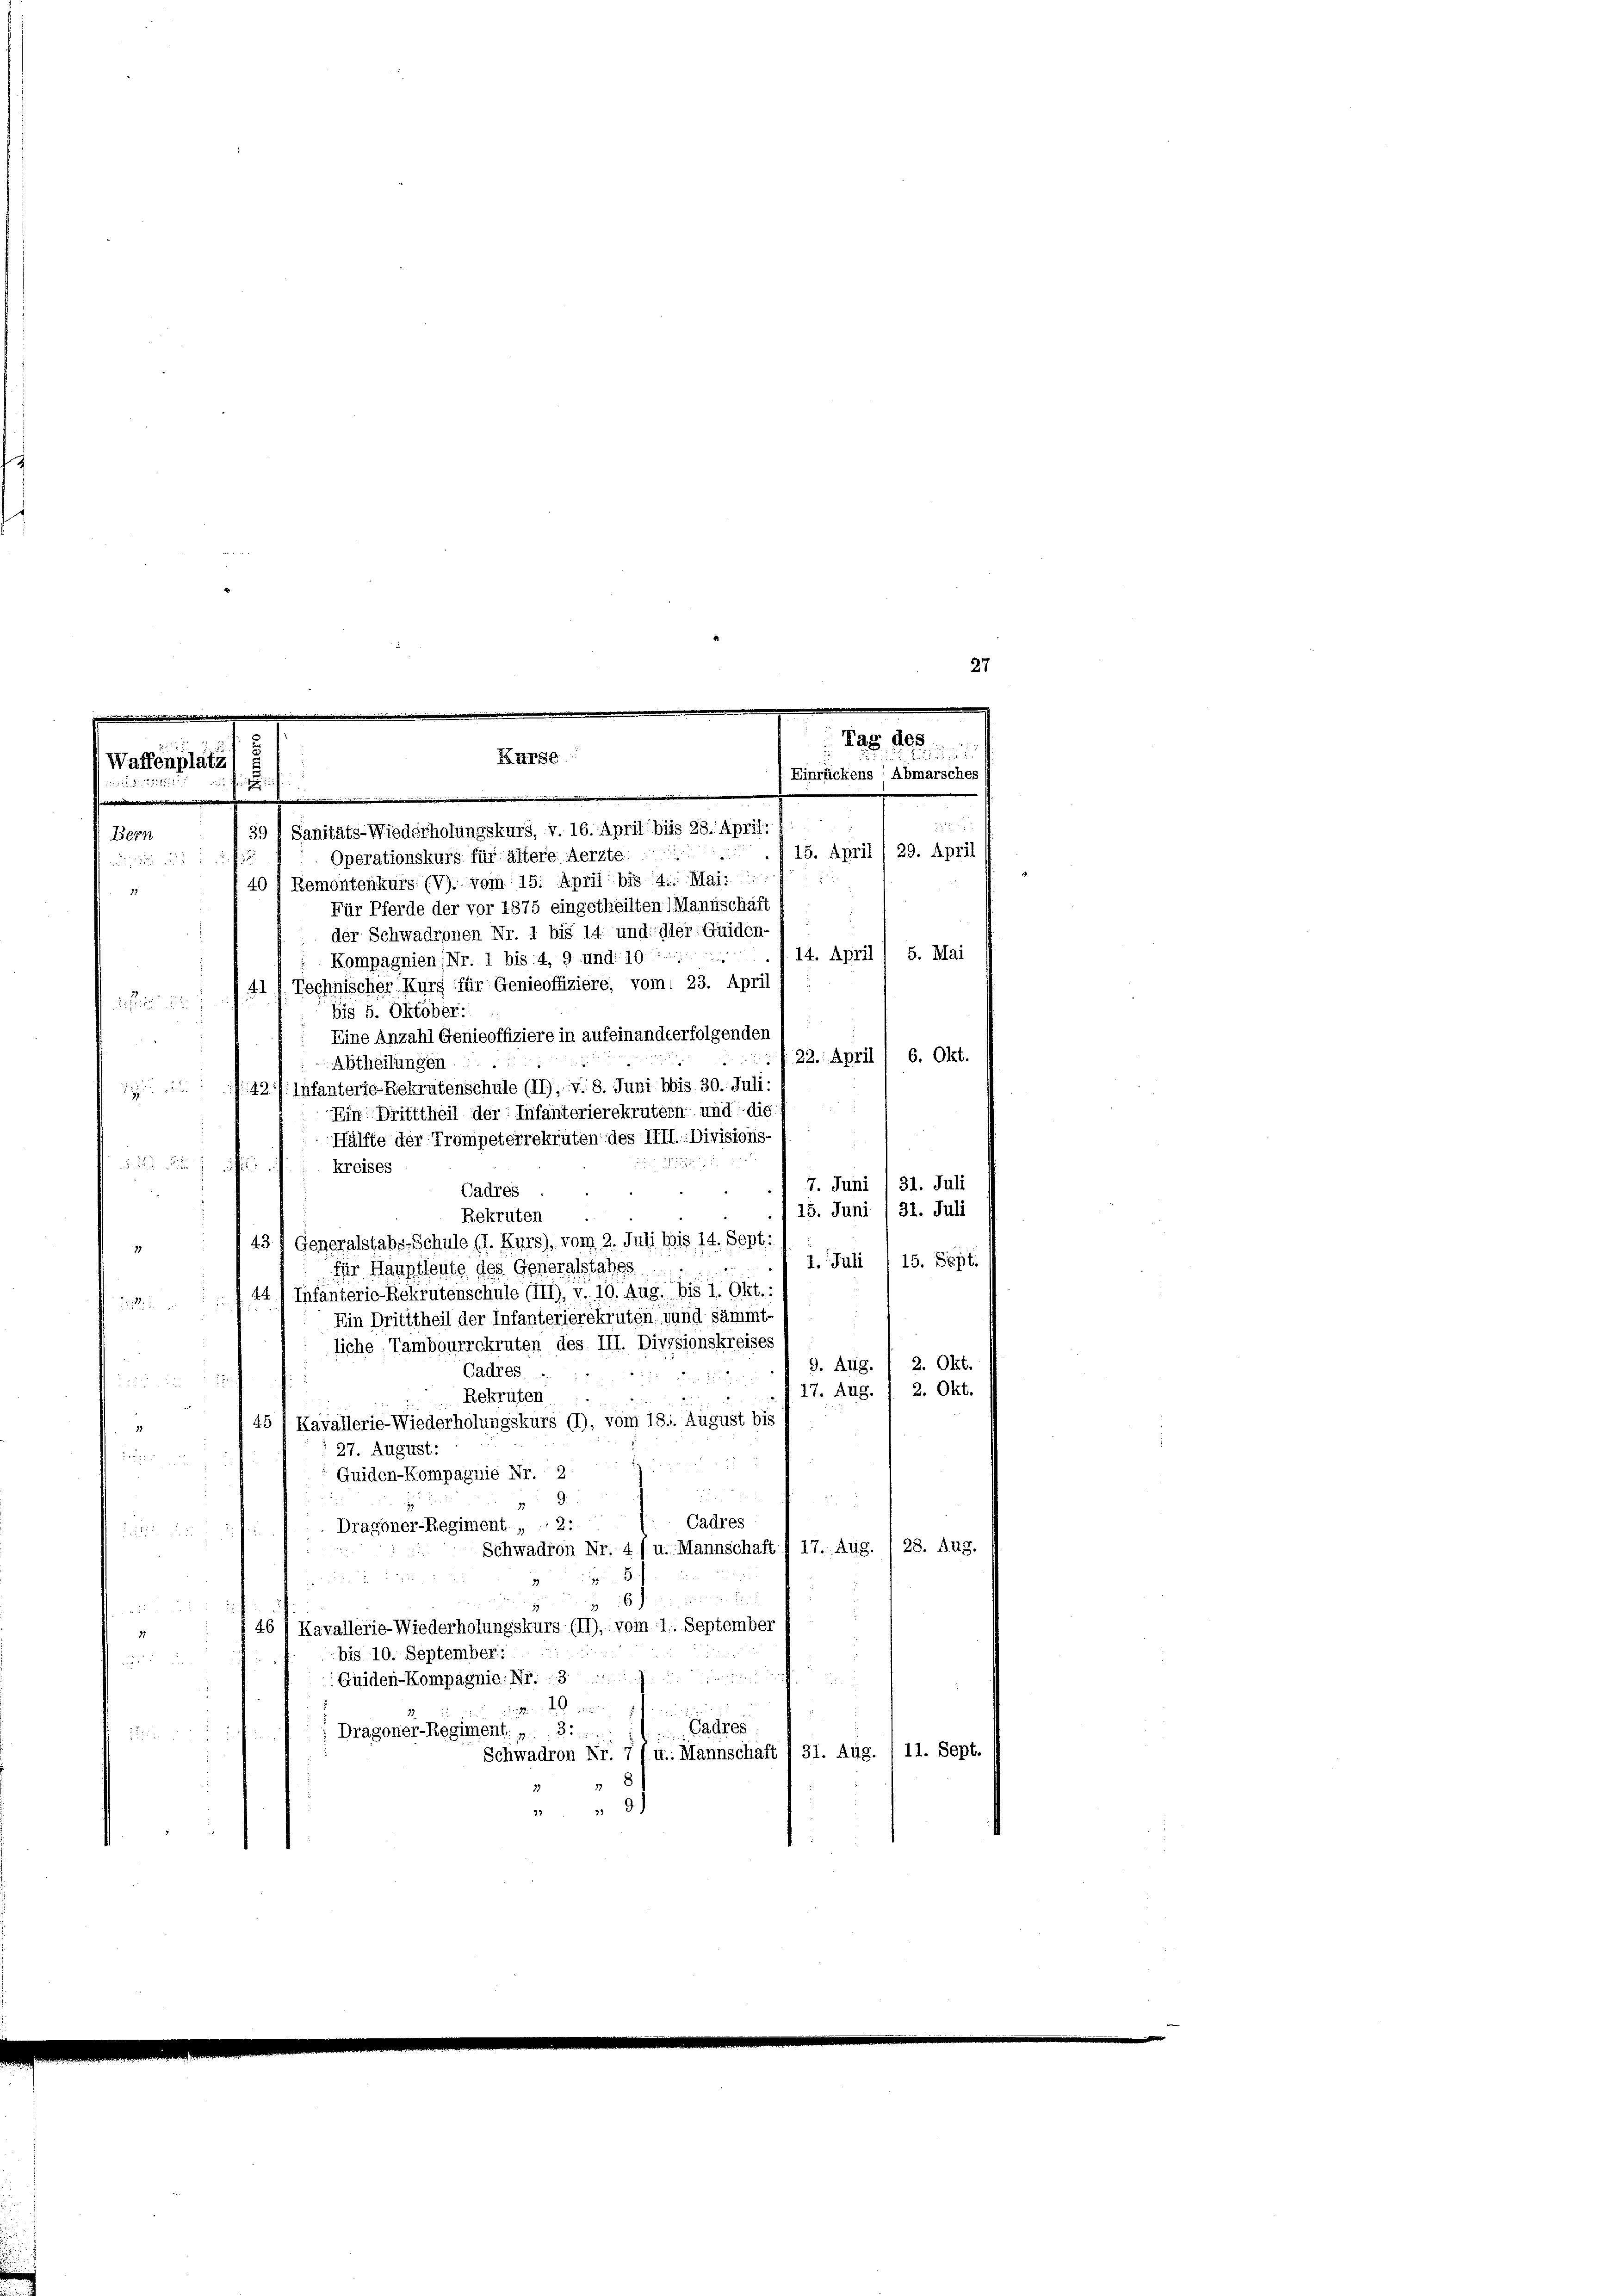
Tag des
s
Kurse
Waffenplätz
Einrückens“ Abmarsches
S
.
i
39 Sanitäts-Wiederholungskurs, v. 16. April bis 28. April,
Bern

15. April, 29. April

Operationskurs für ältere Aerzte:
windung auf 1 u.
40 f Remontenkurs (V). vom 15. April bis 4. Mai. 1
11
Für Pferde der vor 1875 eingetheilten) Mannschäft
der Schwadronen Nr. 1 bis 14. und: der Guiden-
Kompagnien, Nr. 1 bis 4, 9 und 10. 14. April / 5. Mai
41 u. Technischer Kurg für Genieoffiziere, vom 23. April

bis 5. Oktober:
Eine Anzahl Genieoffiziere in aufeinandterfolgenden
22. April / 6. Okt.
Abtheilungen
42 f. Infanterie Rekrutenschule (II), v. 8. Juni bis 30. Juli

Ein Dritttheil der Infanterierekrutern und die
Hälfte der Trompeterrekruten des IIII. Divisions-
e

kreises
7. Juni / 31. Juli
Cadres
15. Juni / 31. Juli
Rekruten
 43, Generalstabs-Schule (I. Kurs), vom 2. Juli bis 14. Sept:
1. Juli 1 15. Sept.
für Hauptleute des Generalstabes
744. Infanterie Rekrutenschule (III), v. 10. Aug. bis 1. Okt.:

Ein Drititheil der Infanterierekruten und sämmt-
liche Tambourrekruten des III. Divisionskreises
9. Aug. / 2. Okt.
Cadres .
285 x 188
29. Aug. 1. 2. Okt.
Rekruten
 45 / Kavallerie-Wiederholungskurs (1), vom 18.. August bis
11
27. August:
 f 0 x
Guiden-Kompagnie Nr. 2
9.
Cadres
Dragoner-Regiment , 2:

28. Aug.
Schwadron Nr. 4 / u. Mannschaft I 17. Aug.
i
n
e
 x
46 1 Kavallerie-Wiederholungskurs (II),: vom 11. September
11
bis 10. September:

Guiden-Kompagnie: Nr. 3

ings in d. d. einen
1
Cadres
35
Dragoner-Regiment: „
2

Schwadron Nr. 7 (u. Mannschaft I 31. Aug. / 11. Sept.
33
292